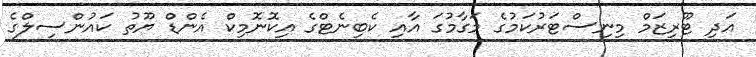
އަދި ޓޫރިޒަމް މިނިސްޓަރުކަމުގެ މަގާމުގަ އާއި ކެބިނެޓްގެ އިކޮނޮމިކް އެންޑް ޔޫތު ކައުންސިލްގެ